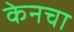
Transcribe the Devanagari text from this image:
केनचा